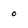
Character: 0